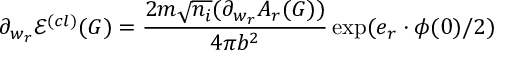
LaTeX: \partial _ { w _ { r } } \mathcal { E } ^ { ( c l ) } ( G ) = \frac { 2 m \sqrt { n _ { i } } ( \partial _ { w _ { r } } A _ { r } ( G ) ) } { 4 \pi b ^ { 2 } } \exp ( e _ { r } \cdot \phi ( 0 ) / 2 )